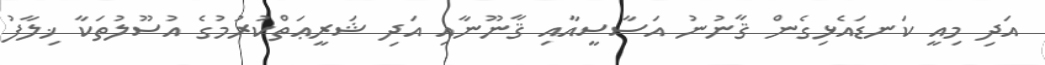
އަދި މިއީ ކަނޑައެޅިގެން ޤާނުނު އަސާސީއާއި ޤާނޫނާއި އަދި ޝަރީޢަތްކުރުމުގެ އުސޫލުތަކާ ޚިލާފު